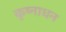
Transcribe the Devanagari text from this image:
कृष्नाधन